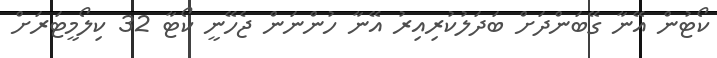
ކޯޓުން އޭނާ ގޭބަންދަށް ބަދަލުކުރިއިރު އޭނާ ހުންނަން ޖެހޭނީ ކޯޓާ 32 ކިލޯމީޓަރަށް